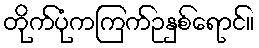
တိုက်ပုံကကြက်ဥနှစ်ရောင်။